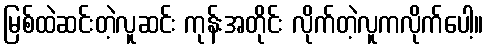
မြစ်ထဲဆင်းတဲ့လူဆင်း ကုန်းအတိုင်း လိုက်တဲ့လူကလိုက်ပေါ့။